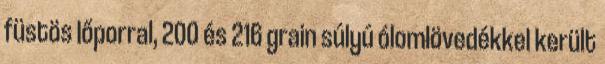
füstös lőporral, 200 és 216 grain súlyú ólomlövedékkel került